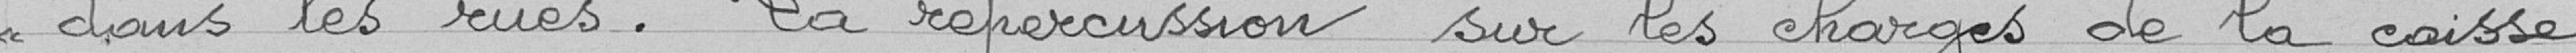
<< dans les rues . La répercussion sur les charges de la caisse